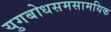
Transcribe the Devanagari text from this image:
युगबोधसमसामयिक